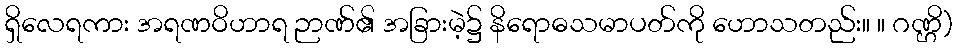
ရှိလေရကား အရဏဝိဟာရ ဉာဏ်၏ အခြားမဲ့၌ နိရောဓသမာပတ်ကို ဟောသတည်း။ ။ ဂဏ္ဌိ)